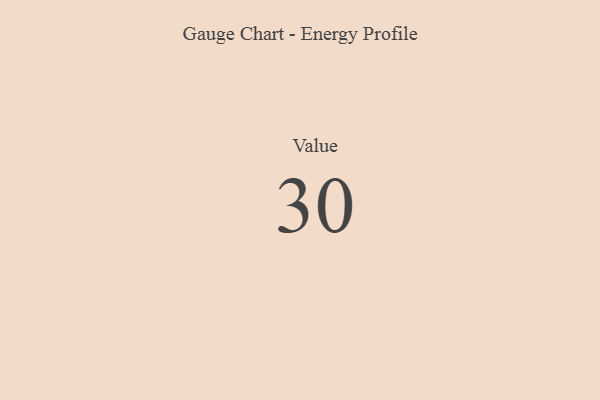
{"axis": {"x": "Metric", "y": "Value"}, "legend": [""], "data": [{"x": "Value", "y": 30, "type": ""}]}